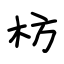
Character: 枋